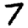
Digit: 7